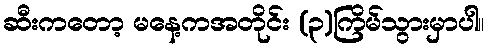
ဆီးကတော့ မနေ့ကအတိုင်း (၃)ကြိမ်သွားမှာပါ။